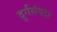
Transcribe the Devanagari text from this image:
दुर्गसंपदा